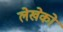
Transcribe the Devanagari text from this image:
लेखेको